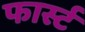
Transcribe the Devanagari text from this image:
फार्स्ट